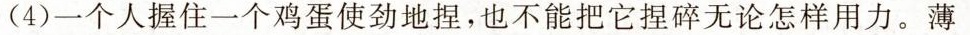
(4)一个人握住一个鸡蛋使劲地捏，也不能把它捏碎无论怎样用力。薄